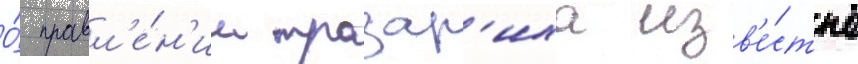
О́ правл'е́н'ии тразар'иха изв'е́стно